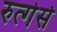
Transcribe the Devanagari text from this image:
रुत्गेर्स